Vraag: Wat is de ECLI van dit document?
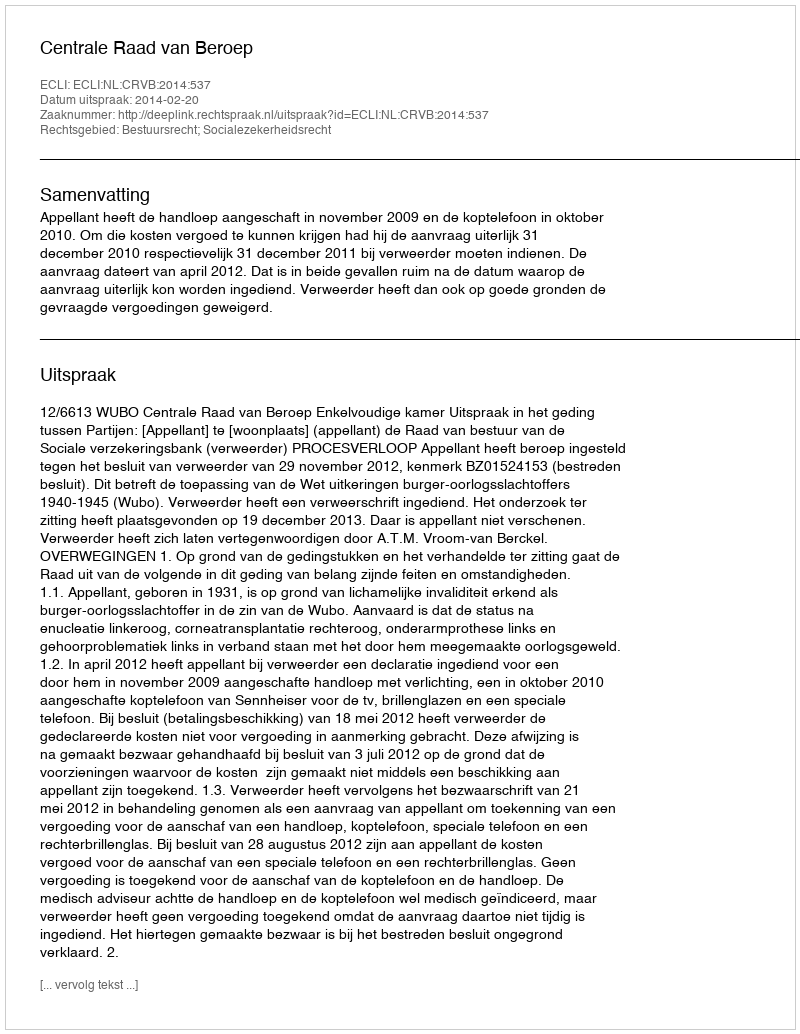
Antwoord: ECLI:NL:CRVB:2014:537